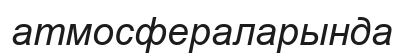
атмосфераларында